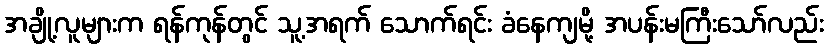
အချို့လူများက ရန်ကုန်တွင် သူ့အရက် သောက်ရင်း ခံနေကျမို့ အပန်းမကြီးသော်လည်း